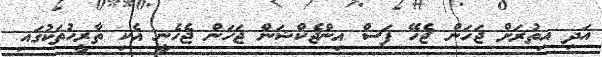
އަދި އިތުރަށް ޖަހަން ޖެހޭ ފަސް އިންޖެކްޝަން ޖަހަން ޖެހެނީ އެކި ތާރީހުތަކުގައި